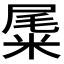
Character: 𥹹